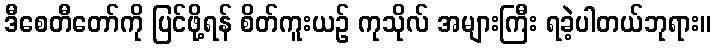
ဒီစေတီတော်ကို ပြင်ဖို့ရန် စိတ်ကူးယဉ် ကုသိုလ် အများကြီး ရခဲ့ပါတယ်ဘုရား။